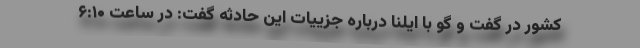
کشور در گفت و گو با ایلنا درباره جزییات این حادثه گفت: در ساعت ۶:۱۰